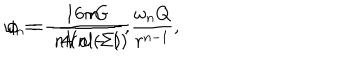
LaTeX: \omega _ { n } = \frac { 1 6 \pi G } { n \mathrm { V o l } ( \Sigma ) } , \hspace { 1 c m } \phi = - \frac { n } { 4 ( n - 1 ) } \frac { \omega _ { n } Q } { r ^ { n - 1 } } ,